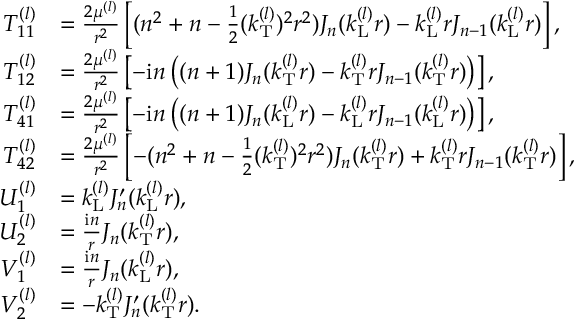
\begin{array} { r l } { T _ { 1 1 } ^ { ( l ) } } & { = \frac { 2 \mu ^ { ( l ) } } { r ^ { 2 } } \left[ ( n ^ { 2 } + n - \frac { 1 } { 2 } ( k _ { \mathrm { T } } ^ { ( l ) } ) ^ { 2 } r ^ { 2 } ) J _ { n } ( k _ { \mathrm { L } } ^ { ( l ) } r ) - k _ { \mathrm { L } } ^ { ( l ) } r J _ { n - 1 } ( k _ { \mathrm { L } } ^ { ( l ) } r ) \right] , } \\ { T _ { 1 2 } ^ { ( l ) } } & { = \frac { 2 \mu ^ { ( l ) } } { r ^ { 2 } } \left[ - \mathrm { i } n \left( ( n + 1 ) J _ { n } ( k _ { \mathrm { T } } ^ { ( l ) } r ) - k _ { \mathrm { T } } ^ { ( l ) } r J _ { n - 1 } ( k _ { \mathrm { T } } ^ { ( l ) } r ) \right) \right] , } \\ { T _ { 4 1 } ^ { ( l ) } } & { = \frac { 2 \mu ^ { ( l ) } } { r ^ { 2 } } \left[ - \mathrm { i } n \left( ( n + 1 ) J _ { n } ( k _ { \mathrm { L } } ^ { ( l ) } r ) - k _ { \mathrm { L } } ^ { ( l ) } r J _ { n - 1 } ( k _ { \mathrm { L } } ^ { ( l ) } r ) \right) \right] , } \\ { T _ { 4 2 } ^ { ( l ) } } & { = \frac { 2 \mu ^ { ( l ) } } { r ^ { 2 } } \left[ - ( n ^ { 2 } + n - \frac { 1 } { 2 } ( k _ { \mathrm { T } } ^ { ( l ) } ) ^ { 2 } r ^ { 2 } ) J _ { n } ( k _ { \mathrm { T } } ^ { ( l ) } r ) + k _ { \mathrm { T } } ^ { ( l ) } r J _ { n - 1 } ( k _ { \mathrm { T } } ^ { ( l ) } r ) \right] , } \\ { U _ { 1 } ^ { ( l ) } } & { = k _ { \mathrm { L } } ^ { ( l ) } J _ { n } ^ { \prime } ( k _ { \mathrm { L } } ^ { ( l ) } r ) , } \\ { U _ { 2 } ^ { ( l ) } } & { = \frac { \mathrm { i } n } { r } J _ { n } ( k _ { \mathrm { T } } ^ { ( l ) } r ) , } \\ { V _ { 1 } ^ { ( l ) } } & { = \frac { \mathrm { i } n } { r } J _ { n } ( k _ { \mathrm { L } } ^ { ( l ) } r ) , } \\ { V _ { 2 } ^ { ( l ) } } & { = - k _ { \mathrm { T } } ^ { ( l ) } J _ { n } ^ { \prime } ( k _ { \mathrm { T } } ^ { ( l ) } r ) . } \end{array}